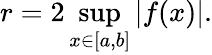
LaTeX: r=2\operatorname*{sup}_{x\in[a,b]}|f(x)|.